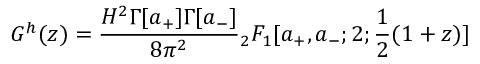
G ^ { h } ( z ) = \frac { H ^ { 2 } \Gamma [ a _ { + } ] \Gamma [ a _ { - } ] } { 8 \pi ^ { 2 } } { } _ { 2 } F _ { 1 } [ a _ { + } , a _ { - } ; 2 ; \frac { 1 } { 2 } ( 1 + z ) ]